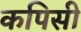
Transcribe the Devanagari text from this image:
कपिसी